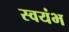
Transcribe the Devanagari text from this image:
स्वयंभ